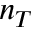
n _ { T }